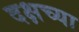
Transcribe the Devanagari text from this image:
दक्षच्या